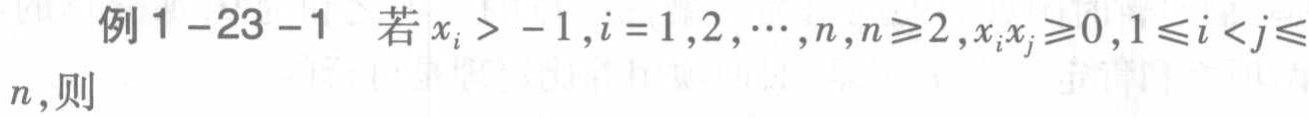
例 1 -23 -1 若 \(x_{i} > -1,i = 1,2,\cdots,n,n\geqslant2,x_{i}x_{j}\geqslant0,1\leqslant i < j\leqslant n\)，则